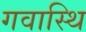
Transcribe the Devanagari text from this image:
गवास्थि